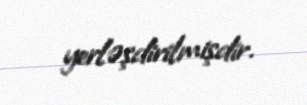
yerləşdirilmişdir.